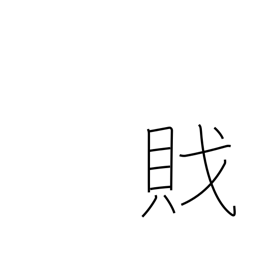
Meaning: pirate